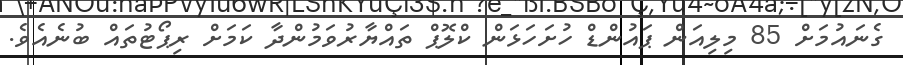
ގެނައުމަށް 85 މިލިއަން ޕައުންޑް ހުށަހަޅަން ކްލޮޕް ތައްޔާރުވަމުންދާ ކަމަށް ރިޕޯޓުތައް ބުނެއެވެ.